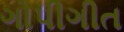
ગોપીગીત